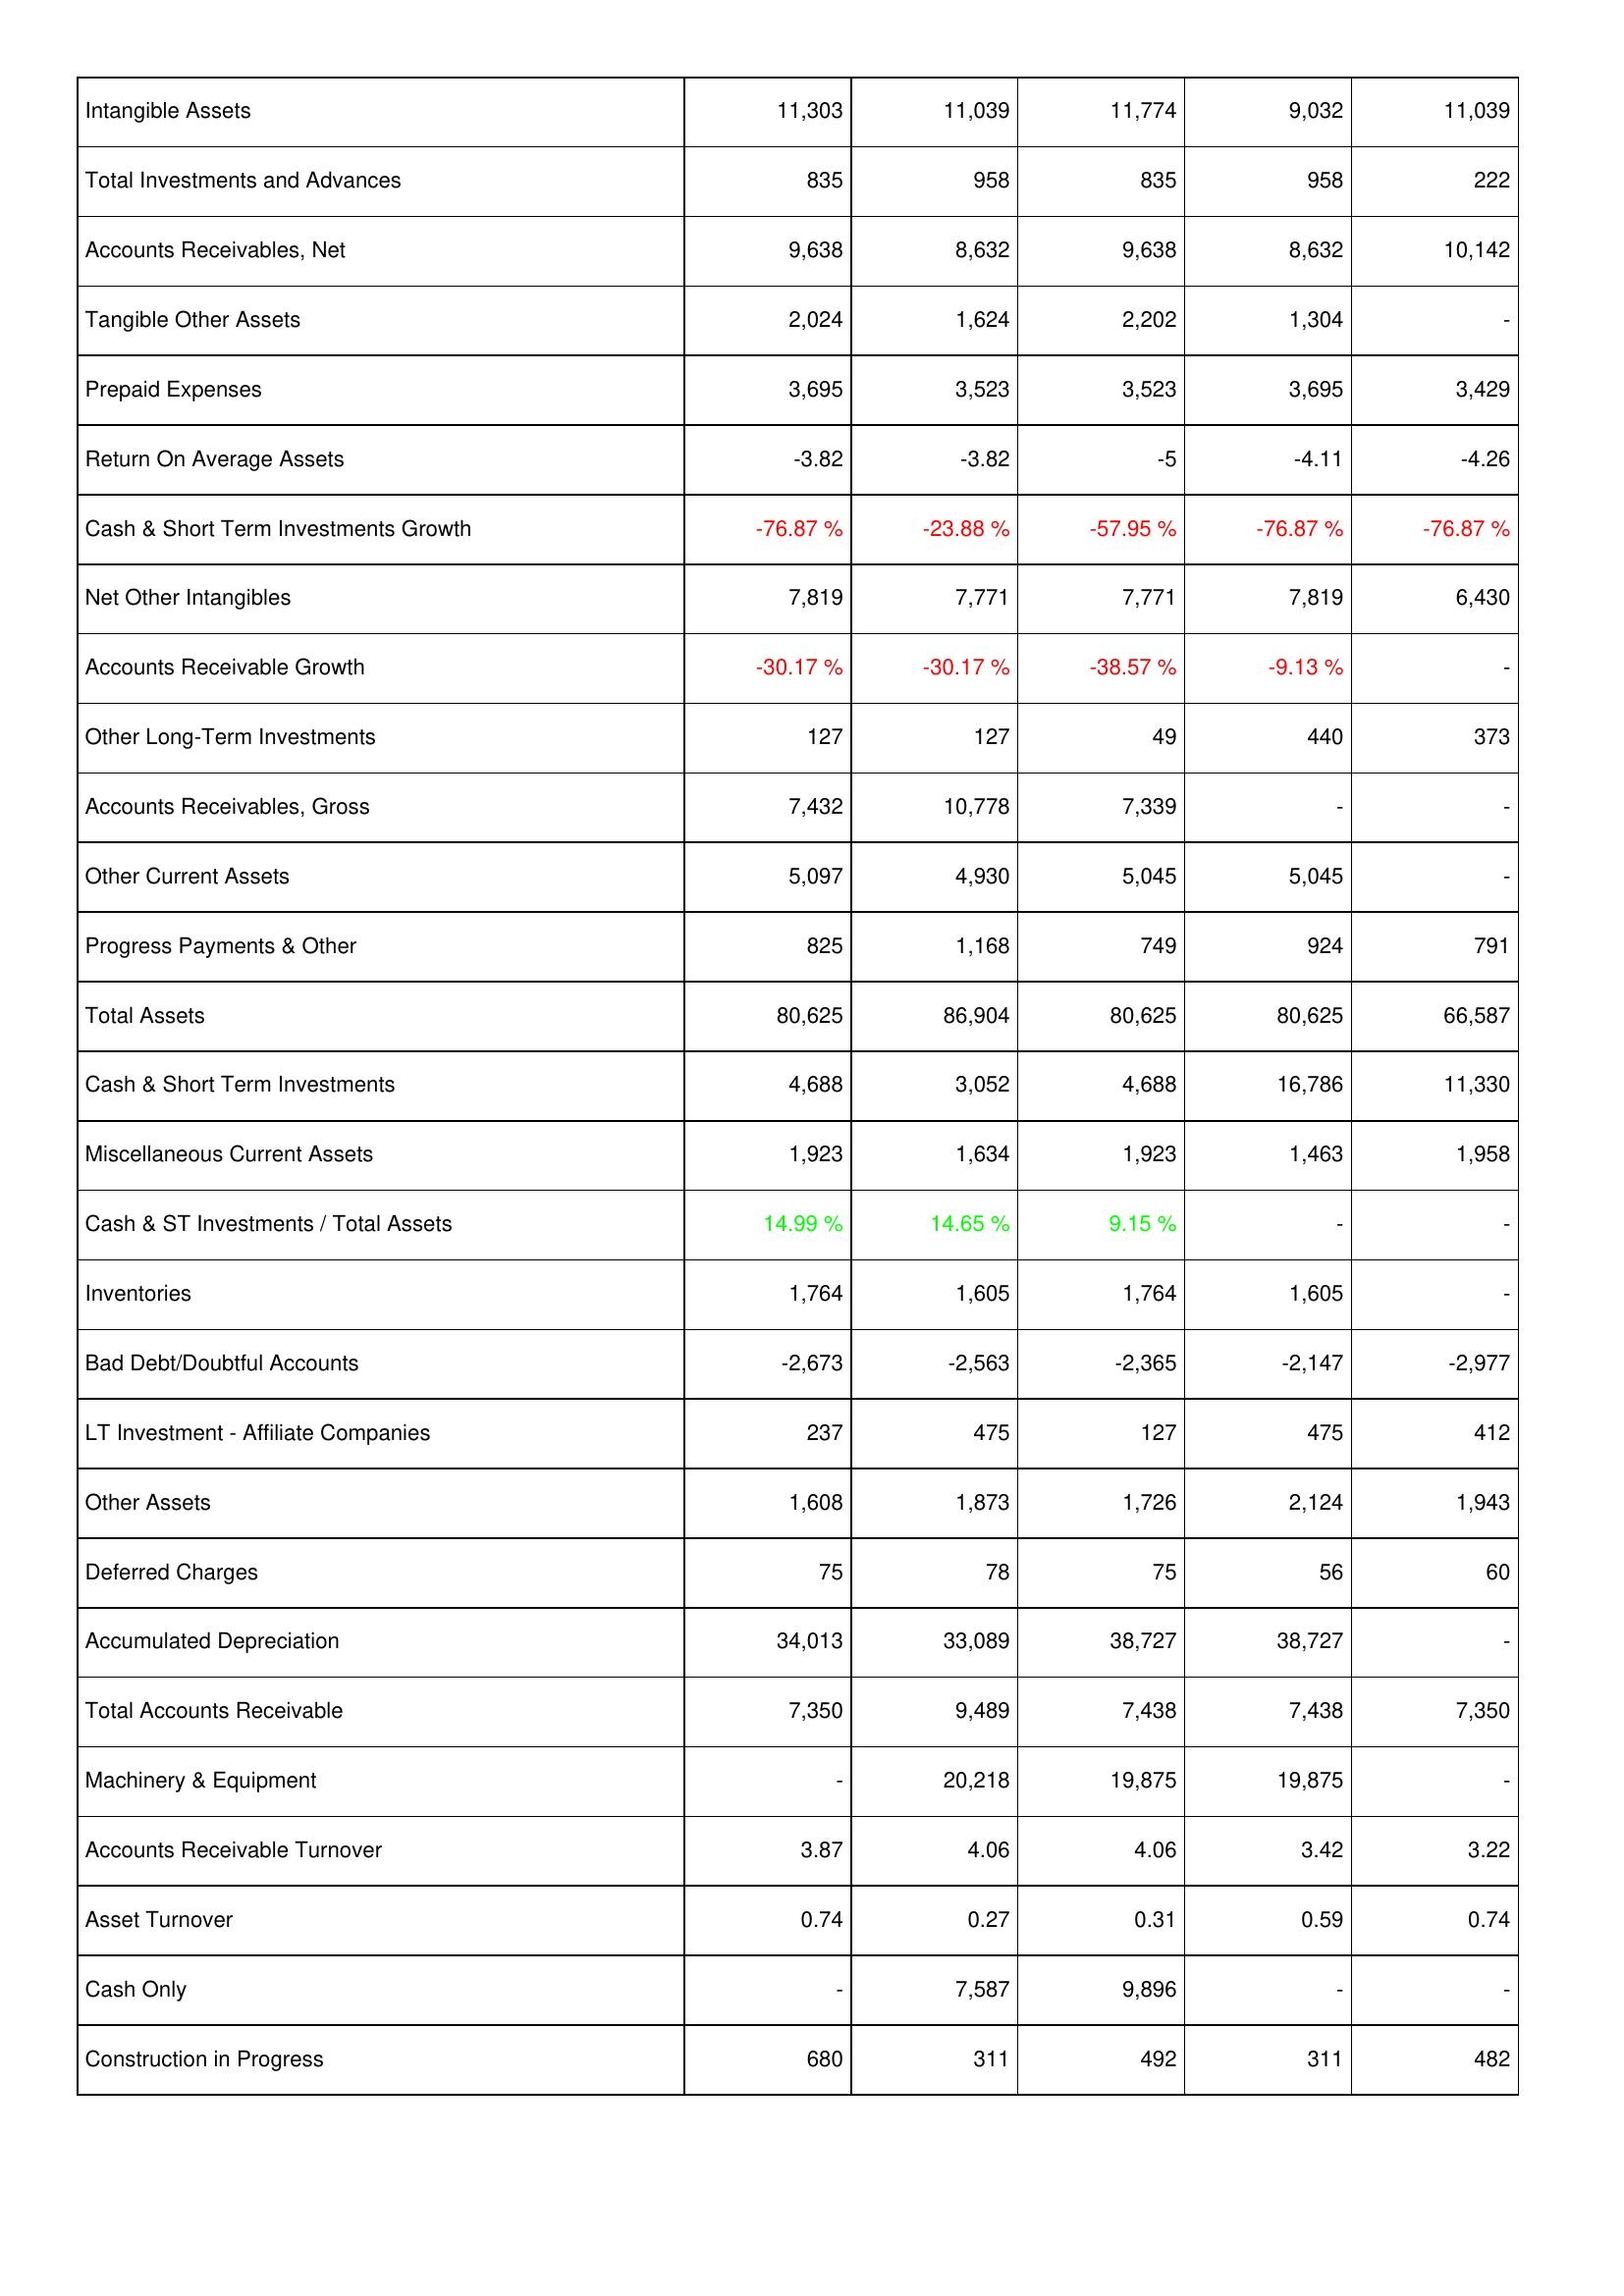
2019: Assets: Intangible Assets: 11,303
Total Investments and Advances: 835
Accounts Receivables, Net: 9,638
Tangible Other Assets: 2,024
Prepaid Expenses: 3,695
Return On Average Assets: -3.82
Cash & Short Term Investments Growth: -76.87 %
Net Other Intangibles: 7,819
Accounts Receivable Growth: -30.17 %
Other Long-Term Investments: 127
Accounts Receivables, Gross: 7,432
Other Current Assets: 5,097
Progress Payments & Other: 825
Total Assets: 80,625
Cash & Short Term Investments: 4,688
Miscellaneous Current Assets: 1,923
Cash & ST Investments / Total Assets: 14.99 %
Inventories: 1,764
Bad Debt/Doubtful Accounts: -2,673
LT Investment - Affiliate Companies: 237
Other Assets: 1,608
Deferred Charges: 75
Accumulated Depreciation: 34,013
Total Accounts Receivable: 7,350
Machinery & Equipment: -
Accounts Receivable Turnover: 3.87
Asset Turnover: 0.74
Cash Only: -
Construction in Progress: 680
2020: Assets: Intangible Assets: 11,039
Total Investments and Advances: 958
Accounts Receivables, Net: 8,632
Tangible Other Assets: 1,624
Prepaid Expenses: 3,523
Return On Average Assets: -3.82
Cash & Short Term Investments Growth: -23.88 %
Net Other Intangibles: 7,771
Accounts Receivable Growth: -30.17 %
Other Long-Term Investments: 127
Accounts Receivables, Gross: 10,778
Other Current Assets: 4,930
Progress Payments & Other: 1,168
Total Assets: 86,904
Cash & Short Term Investments: 3,052
Miscellaneous Current Assets: 1,634
Cash & ST Investments / Total Assets: 14.65 %
Inventories: 1,605
Bad Debt/Doubtful Accounts: -2,563
LT Investment - Affiliate Companies: 475
Other Assets: 1,873
Deferred Charges: 78
Accumulated Depreciation: 33,089
Total Accounts Receivable: 9,489
Machinery & Equipment: 20,218
Accounts Receivable Turnover: 4.06
Asset Turnover: 0.27
Cash Only: 7,587
Construction in Progress: 311
2021: Assets: Intangible Assets: 11,774
Total Investments and Advances: 835
Accounts Receivables, Net: 9,638
Tangible Other Assets: 2,202
Prepaid Expenses: 3,523
Return On Average Assets: -5
Cash & Short Term Investments Growth: -57.95 %
Net Other Intangibles: 7,771
Accounts Receivable Growth: -38.57 %
Other Long-Term Investments: 49
Accounts Receivables, Gross: 7,339
Other Current Assets: 5,045
Progress Payments & Other: 749
Total Assets: 80,625
Cash & Short Term Investments: 4,688
Miscellaneous Current Assets: 1,923
Cash & ST Investments / Total Assets: 9.15 %
Inventories: 1,764
Bad Debt/Doubtful Accounts: -2,365
LT Investment - Affiliate Companies: 127
Other Assets: 1,726
Deferred Charges: 75
Accumulated Depreciation: 38,727
Total Accounts Receivable: 7,438
Machinery & Equipment: 19,875
Accounts Receivable Turnover: 4.06
Asset Turnover: 0.31
Cash Only: 9,896
Construction in Progress: 492
2022: Assets: Intangible Assets: 9,032
Total Investments and Advances: 958
Accounts Receivables, Net: 8,632
Tangible Other Assets: 1,304
Prepaid Expenses: 3,695
Return On Average Assets: -4.11
Cash & Short Term Investments Growth: -76.87 %
Net Other Intangibles: 7,819
Accounts Receivable Growth: -9.13 %
Other Long-Term Investments: 440
Accounts Receivables, Gross: -
Other Current Assets: 5,045
Progress Payments & Other: 924
Total Assets: 80,625
Cash & Short Term Investments: 16,786
Miscellaneous Current Assets: 1,463
Cash & ST Investments / Total Assets: -
Inventories: 1,605
Bad Debt/Doubtful Accounts: -2,147
LT Investment - Affiliate Companies: 475
Other Assets: 2,124
Deferred Charges: 56
Accumulated Depreciation: 38,727
Total Accounts Receivable: 7,438
Machinery & Equipment: 19,875
Accounts Receivable Turnover: 3.42
Asset Turnover: 0.59
Cash Only: -
Construction in Progress: 311
2023: Assets: Intangible Assets: 11,039
Total Investments and Advances: 222
Accounts Receivables, Net: 10,142
Tangible Other Assets: -
Prepaid Expenses: 3,429
Return On Average Assets: -4.26
Cash & Short Term Investments Growth: -76.87 %
Net Other Intangibles: 6,430
Accounts Receivable Growth: -
Other Long-Term Investments: 373
Accounts Receivables, Gross: -
Other Current Assets: -
Progress Payments & Other: 791
Total Assets: 66,587
Cash & Short Term Investments: 11,330
Miscellaneous Current Assets: 1,958
Cash & ST Investments / Total Assets: -
Inventories: -
Bad Debt/Doubtful Accounts: -2,977
LT Investment - Affiliate Companies: 412
Other Assets: 1,943
Deferred Charges: 60
Accumulated Depreciation: -
Total Accounts Receivable: 7,350
Machinery & Equipment: -
Accounts Receivable Turnover: 3.22
Asset Turnover: 0.74
Cash Only: -
Construction in Progress: 482